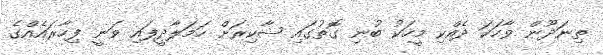
ތިނަދޫން ވާހަކަ ދެއްކި މީހަކު ބުނި ގޮތުގައި ޝާކިރަށް ހަމަލާދީފައި ވަނީ ފިހާރައެއްގެ